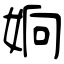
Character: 姠